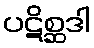
ပဋိစ္ဆဒါ